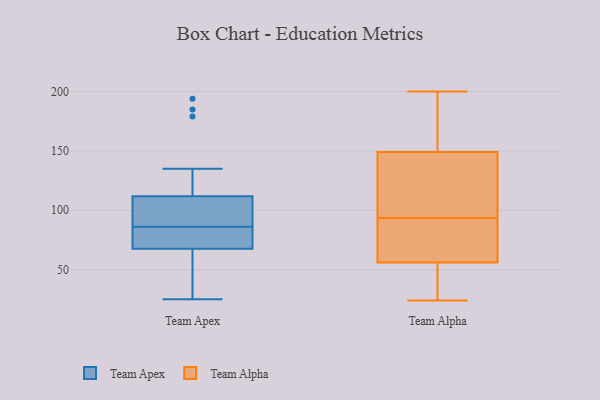
{"axis": {"x": "Churn Rate (%)", "y": "Value"}, "legend": ["Team Alpha", "Team Apex"], "data": [{"x": "", "y": 114, "type": "Team Apex"}, {"x": "", "y": 61, "type": "Team Apex"}, {"x": "", "y": 135, "type": "Team Apex"}, {"x": "", "y": 194, "type": "Team Apex"}, {"x": "", "y": 74, "type": "Team Apex"}, {"x": "", "y": 86, "type": "Team Apex"}, {"x": "", "y": 62, "type": "Team Apex"}, {"x": "", "y": 95, "type": "Team Apex"}, {"x": "", "y": 84, "type": "Team Apex"}, {"x": "", "y": 185, "type": "Team Apex"}, {"x": "", "y": 58, "type": "Team Apex"}, {"x": "", "y": 25, "type": "Team Apex"}, {"x": "", "y": 75, "type": "Team Apex"}, {"x": "", "y": 72, "type": "Team Apex"}, {"x": "", "y": 105, "type": "Team Apex"}, {"x": "", "y": 66, "type": "Team Apex"}, {"x": "", "y": 94, "type": "Team Apex"}, {"x": "", "y": 102, "type": "Team Apex"}, {"x": "", "y": 179, "type": "Team Apex"}, {"x": "", "y": 86, "type": "Team Alpha"}, {"x": "", "y": 24, "type": "Team Alpha"}, {"x": "", "y": 151, "type": "Team Alpha"}, {"x": "", "y": 46, "type": "Team Alpha"}, {"x": "", "y": 200, "type": "Team Alpha"}, {"x": "", "y": 101, "type": "Team Alpha"}, {"x": "", "y": 56, "type": "Team Alpha"}, {"x": "", "y": 149, "type": "Team Alpha"}, {"x": "", "y": 148, "type": "Team Alpha"}, {"x": "", "y": 69, "type": "Team Alpha"}]}